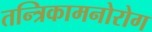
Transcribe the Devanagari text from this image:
तन्त्रिकामनोरोग